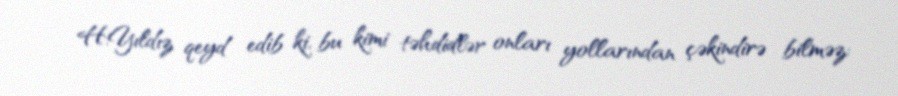
H.Yıldız qeyd edib ki, bu kimi təhdidlər onları yollarından çəkindirə bilməz: